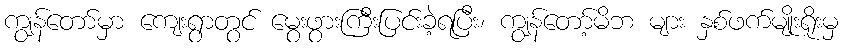
ကျွန်တော်မှာ ကျေးရွာတွင် မွေးဖွားကြီးပြင်းခဲ့ရပြီး၊ ကျွန်တော့်မိဘ များ နှစ်ဖက်မျိုးရိုးမှ